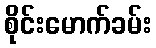
စိုင်းမောက်ခမ်း